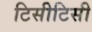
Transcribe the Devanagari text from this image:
टिसीटिसी